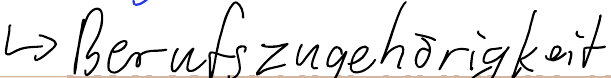
-> Berufszugehörigkeit